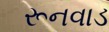
રૂનવાડ